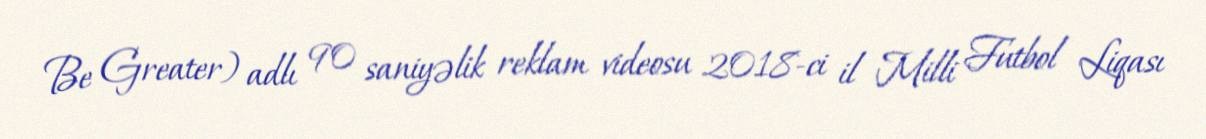
Be Greater) adlı 90 saniyəlik reklam videosu 2018-ci il Milli Futbol Liqası